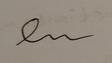
Signature authenticity: forged